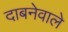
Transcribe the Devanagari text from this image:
दाबनेवाले